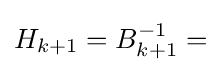
H_{k+1}=B_{k+1}^{-1}=